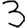
Digit: 3